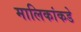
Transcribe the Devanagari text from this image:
मालिकांकडे